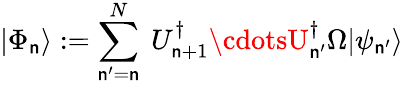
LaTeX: |\Phi_{\mathsf{n}}\rangle:=\sum_{\mathsf{n}^{\prime}=\mathsf{n}}^{N}~U_{\mathsf{n}+1}^{\dagger}\cdotsU_{\mathsf{n}^{\prime}}^{\dagger}\Omega|\psi_{\mathsf{n}^{\prime}}\rangle